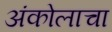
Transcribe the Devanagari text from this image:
अंकोलाचा